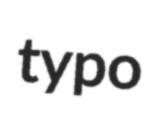
typo